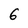
Character: 6